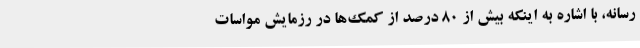
رسانه، با اشاره به اینکه بیش از 80 درصد از کمک‌ها در رزمایش مواسات